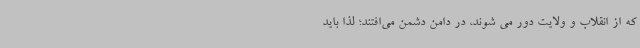
که از انقلاب و ولایت دور می شوند، در دامن دشمن می‌افتند؛ لذا باید